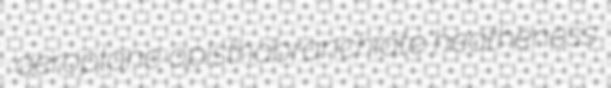
aeroplane opisthobranchiate heatheness